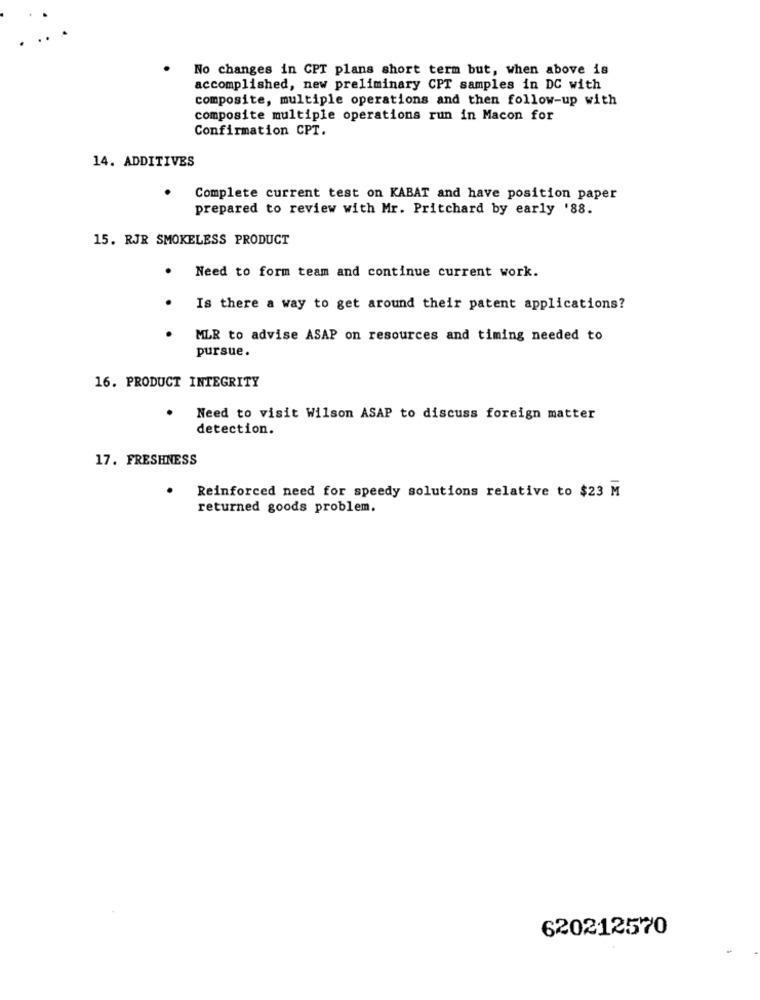
No changes in CPT plans short term but, when above is
accomplished, new preliminary CPT samples in DC with
composite, multiple operations and then follow-up with
composite multiple operations run in Macon for
Confirmation CPT.
14. ADDITIVES
Complete current test on KABAT and have position paper
prepared to review with Mr. Pritchard by early '88.
15. RJR SMOKELESS PRODUCT
.
Need to form team and continue current work.
Is there a way to get around their patent applications?
MLR to advise ASAP on resources and timing needed to
pursue.
16. PRODUCT INTEGRITY
Need to visit Wilson ASAP to discuss foreign matter
detection.
17. FRESHNESS
Reinforced need for speedy solutions relative to $23 M
returned goods problem.
620212570